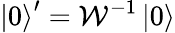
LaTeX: \left|0\right>^{\prime}=\mathcal{W}^{-1}\left|0\right>